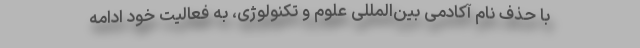
با حذف نام آکادمی بین‌المللی علوم و تکنولوژی، به فعالیت خود ادامه